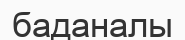
баданалы